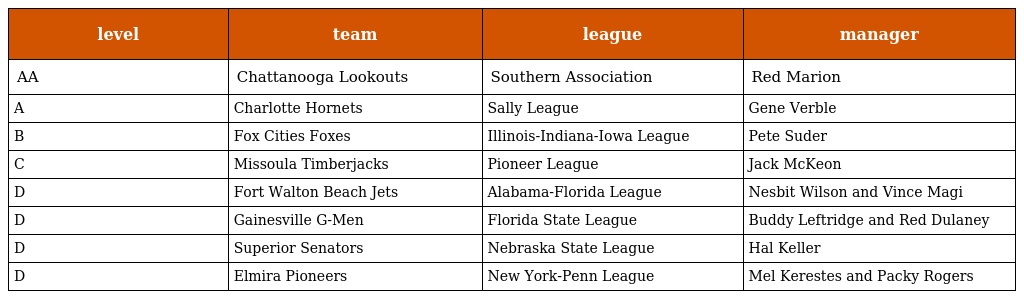
| level | team | league | manager |
 | --- | --- | --- | --- |
 | AA | Chattanooga Lookouts | Southern Association | Red Marion |
 | A | Charlotte Hornets | Sally League | Gene Verble |
 | B | Fox Cities Foxes | Illinois-Indiana-Iowa League | Pete Suder |
 | C | Missoula Timberjacks | Pioneer League | Jack McKeon |
 | D | Fort Walton Beach Jets | Alabama-Florida League | Nesbit Wilson and Vince Magi |
 | D | Gainesville G-Men | Florida State League | Buddy Leftridge and Red Dulaney |
 | D | Superior Senators | Nebraska State League | Hal Keller |
 | D | Elmira Pioneers | New York-Penn League | Mel Kerestes and Packy Rogers |